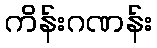
ကိန်းဂဏန်း